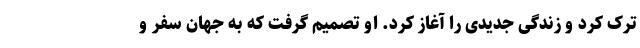
ترک کرد و زندگی جدیدی را آغاز کرد. او تصمیم گرفت که به جهان سفر و